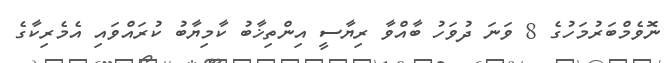
ނޮވެމްބަރުމަހުގެ 8 ވަނަ ދުވަހު ބާއްވާ ރިޔާސީ އިންތިޚާބު ކާމިޔާބު ކުރައްވައި އެމެރިކާގެ